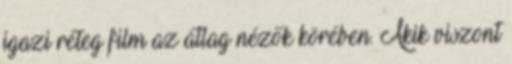
igazi réteg film az átlag nézők körében. Akik viszont